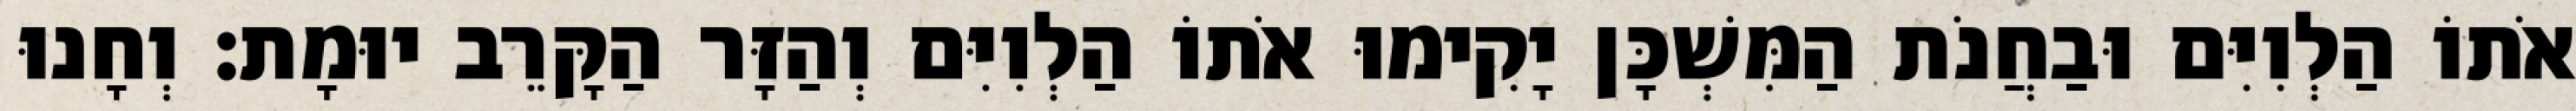
אֹתוֹ הַלְוִיִּם וּבַחֲנֹת הַמִּשְׁכָּן יָקִימוּ אֹתוֹ הַלְוִיִּם וְהַזָּר הַקָּרֵב יוּמָת׃ וְחָנוּ